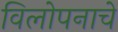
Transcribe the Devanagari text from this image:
विलोपनाचे